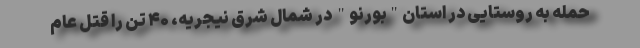
حمله به روستایی در استان"بورنو" در شمال شرق نیجریه، ۴۰ تن را قتل عام